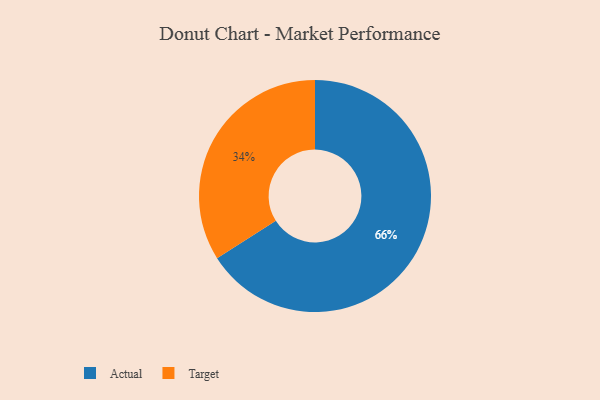
{"axis": {"x": "Category", "y": "Percentage"}, "legend": ["Actual", "Target"], "data": [{"x": "Actual", "y": 66, "type": "Actual"}, {"x": "Target", "y": 34, "type": "Target"}]}